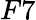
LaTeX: F7